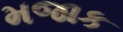
મજાક